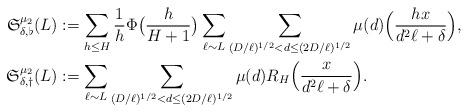
LaTeX: \begin{align*}\mathfrak{S}_{\delta, \flat}^{\mu_2}(L)& := \sum_{h\le H} \frac{1}{h}\Phi\big(\frac{h}{H+1}\big)\sum_{\ell\sim L} \sum_{(D/\ell)^{1/2}<d\le (2D/\ell)^{1/2}} \mu(d) \Big(\frac{hx}{d^2\ell+\delta}\Big),\\\mathfrak{S}_{\delta, \dagger}^{\mu_2}(L)& := \sum_{\ell\sim L} \sum_{(D/\ell)^{1/2}<d\le (2D/\ell)^{1/2}} \mu(d) R_H\Big(\frac{x}{d^2\ell+\delta}\Big).\end{align*}